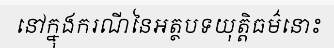
នៅក្នុងករណីនៃអត្ថបទយុត្តិធម៌នោះ